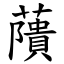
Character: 藬